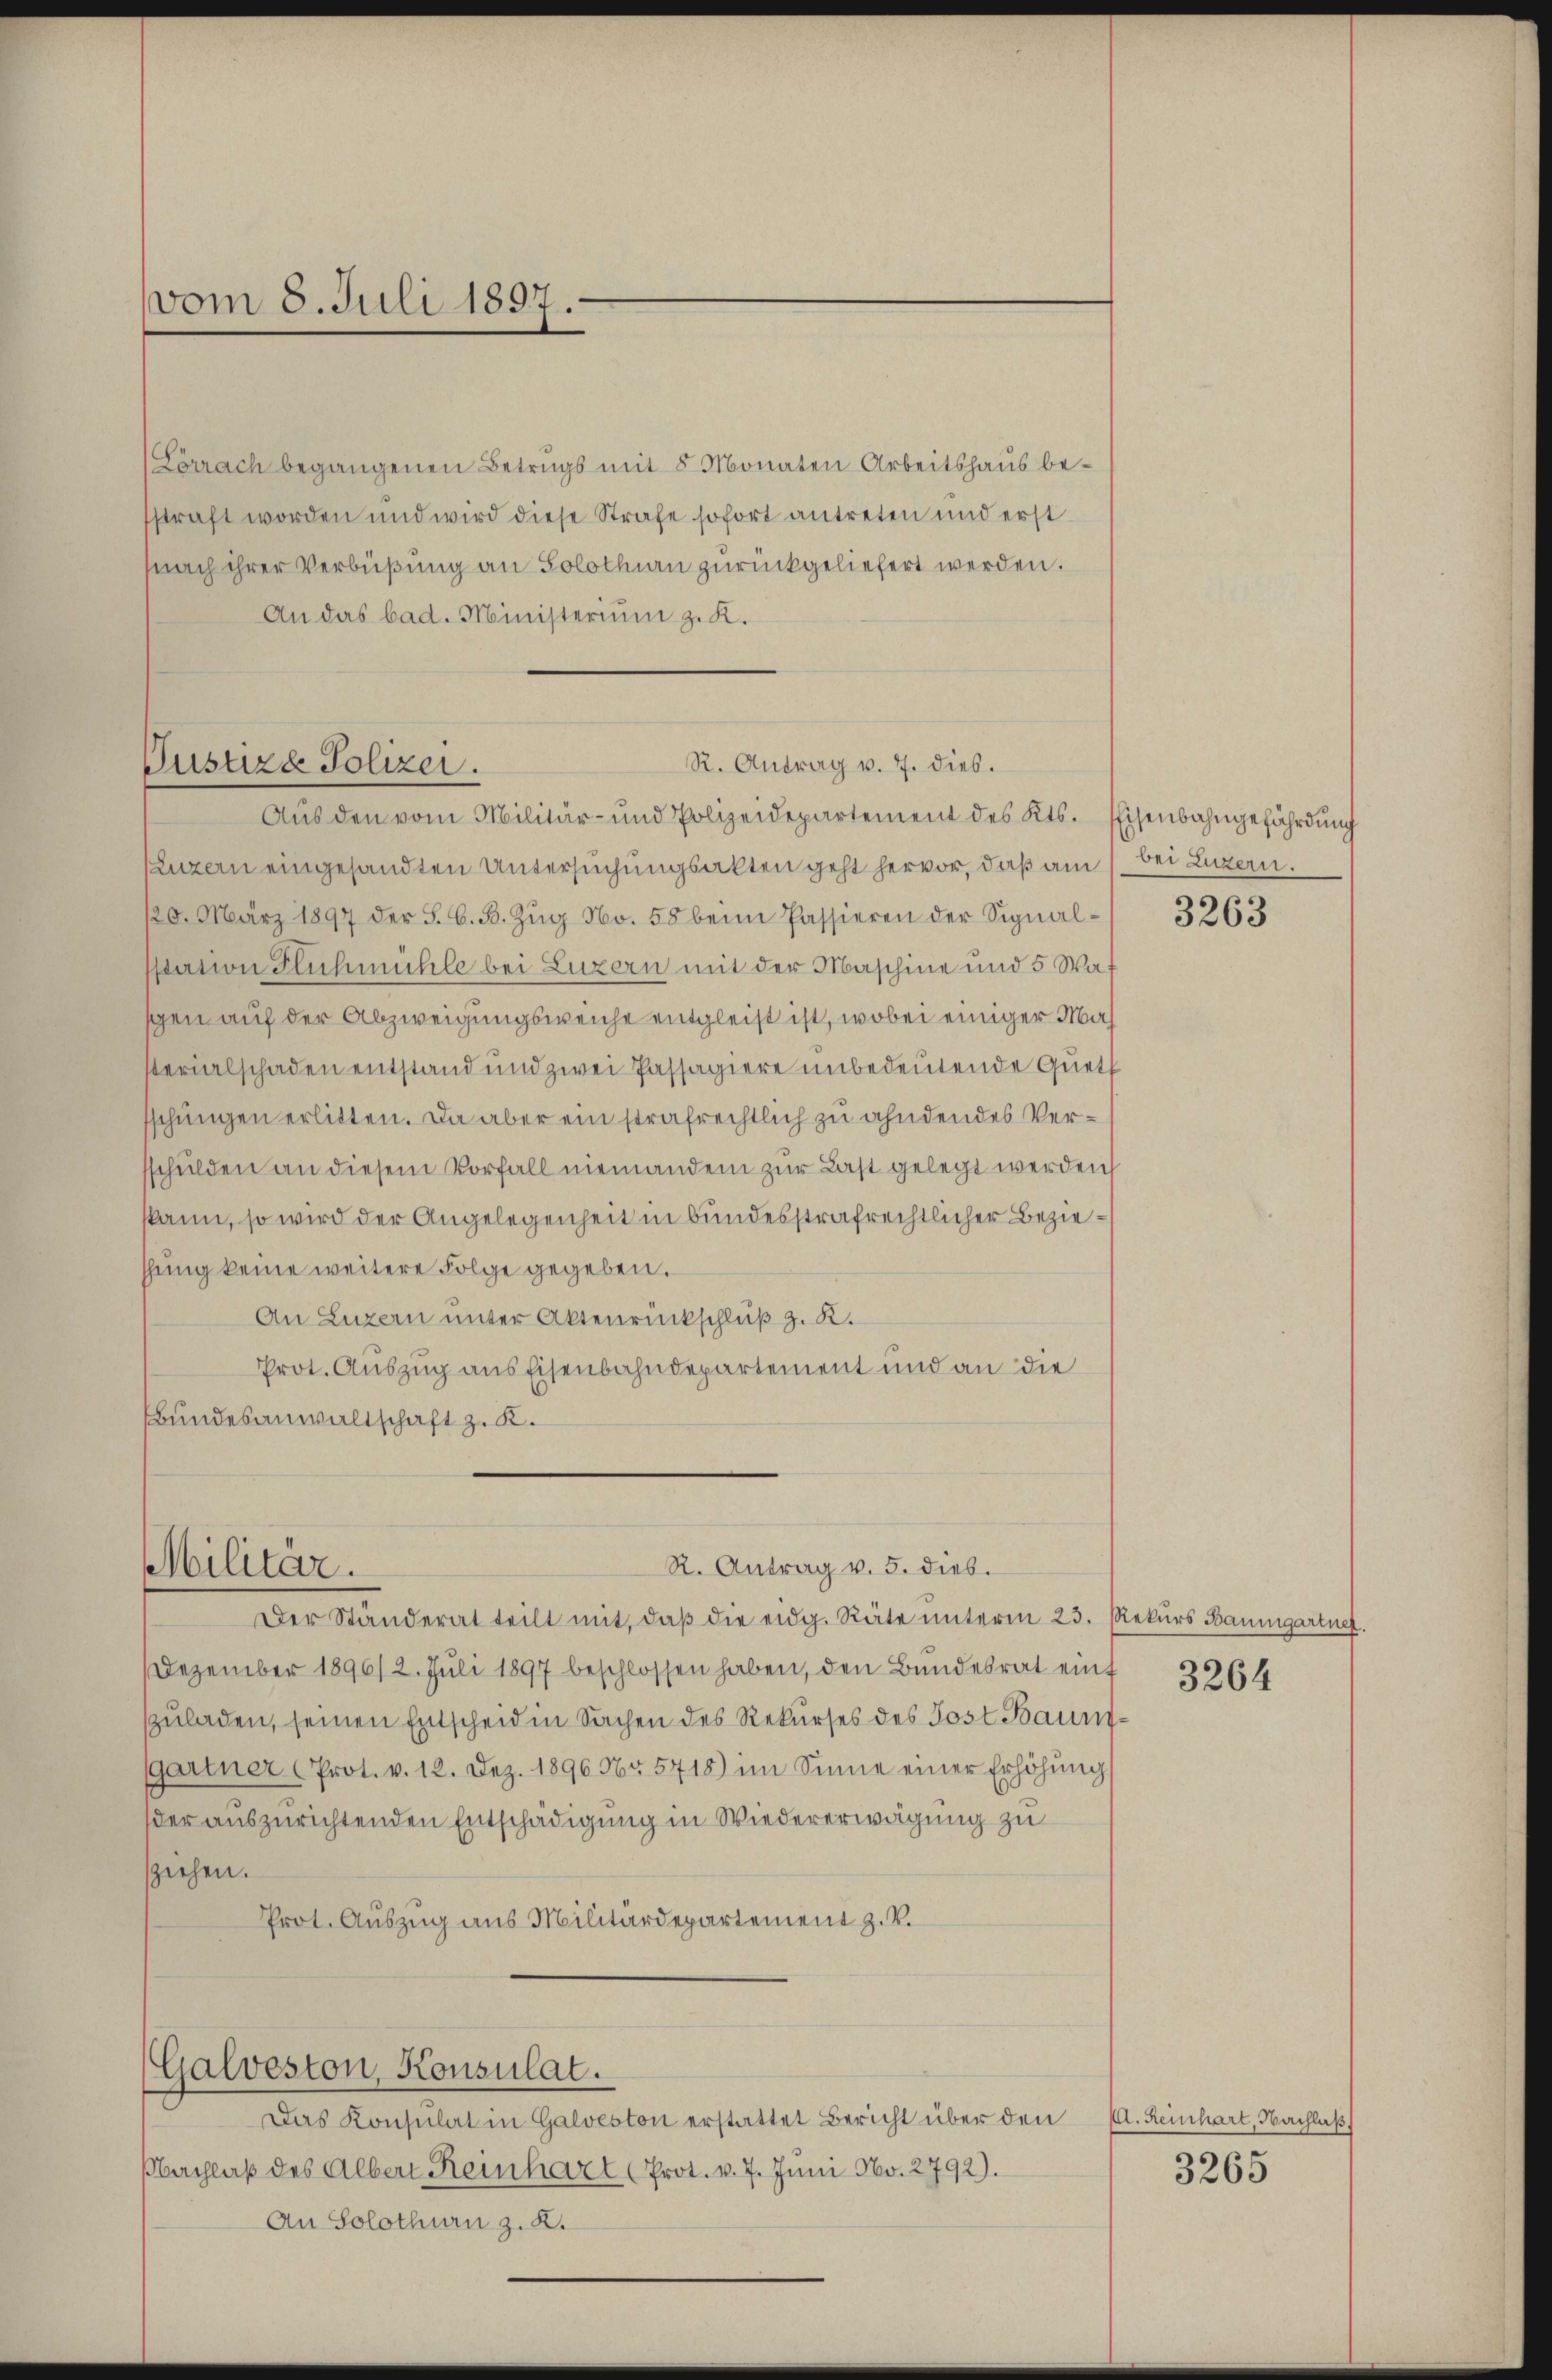
(Lörrach begangenen Betrugs mit 8 Monaten Arbeitshaus besstraft worden und wird diese Strafe sofort antreten und erst
nach ihrer Verbüßung an Solothin zurückgeliefert werden.
An das bad. Ministerium z. K.

Luzern eingesandten Untersuchungsakten geht hervor, daß am 1. Bei Luzern.
120. März 1897 der S. G. B. Zŭg No. 58 beim Passieren der Signalsstation Fluhmühle bei Luzern mit der Maschine und 5 Wa
sgen auf der Abzweigungsweiche entgleist ist, wobei einiger Masterialschaden entstand und zwei Passagiere unbedeutende Quett
sschungen erlitten. Da aber ein strafrechtlich zu ahndendes Versschulden an diesem Vorfall niemandem zur Last gelegt werden
kann, so wird der Angelegenheit in bundesstrafrechtlicher Beziehung keine weitere Folge gegeben.
An Luzern unter Aktenrückschluß z. K.
Prot. Auszug aus Eisenbahndepartement und an die
Bundesanwaltschaft z. B.

vom 8. Juli 1897.

R. Antrag v. 7. dies.
Justizde Solizei.
Aŭs den vom Militär- und Polizeidepartement des Kts. Eisenbahngefährdung

R. Antrag v. 5. dieb.
Militär.

Das Konsulat in Galveston erstattet Bericht über den
Nachlaβ des Albert Reinhart (Prot. v. 7. Juni No. 2792).
An Solothurn z. B.

Dezember 1896/2. Juli 1897 beschlossen haben, den Bundesrat einf
szuladen, seinen Entscheid in Sachen des Rekurses des Post Baumgartner (Prot. v. 12. Dez. 1896 Nr 5718) im Sinne einer Erhöhŭng
der auszurichtenden Entschädigung in Wiedererwägung zu
sziehen.
Prot. Auszug aus Militärdepartement z. V.

(Galveston, Konsulat.

Der Ständerat teilt mit, daβ die eidg. Räte unterm 23. Rekurs Baumgartner.

3263

3264

A. Reinhart, Nachlaß

3265